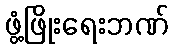
ဖွံ့ဖြိုးရေးဘဏ်